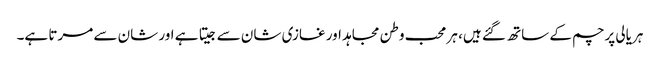
ہریالی پرچم کے ساتھ گئے ہیں، ہر محب وطن مجاہد اور غازی شان سے جیتا ہے اور شان سے مرتا ہے۔